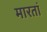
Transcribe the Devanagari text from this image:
मारतां